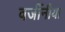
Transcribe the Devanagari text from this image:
वर्जीनीया